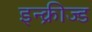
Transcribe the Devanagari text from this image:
इन्क्रीज्ड